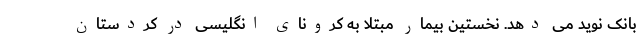
بانک نوید می دهد. نخستین بیمار مبتلا به کرونای انگلیسی در کردستان